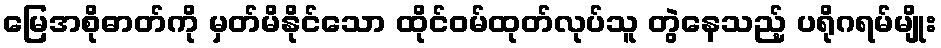
မြေအစိုဓာတ်ကို မှတ်မိနိုင်သော ထိုင်ဝမ်ထုတ်လုပ်သူ တွဲနေသည့် ပရိုဂရမ်မျိုး